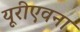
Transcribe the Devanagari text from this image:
यूरीएवना